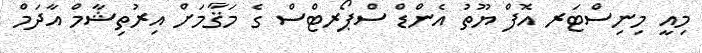
މިއީ މިނިސްޓަރ އޮފް ޔޫތު އެންޑް ސްޕޯރޓްސް ގެ މަޤާމަށް އިރުތިޝާމް އާދަމް